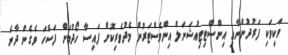
ވަކިވަކި ފަރުދުންނާއި އިންސްޓިޓިއުޝަނަލް އިންވެސްޓަރުން މެދުވެރިކޮށް ފައިސާ ހޯދުމަށް ފަސޭހަ ވެގެން ދާނެ